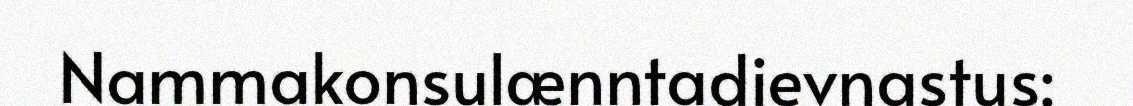
Nammakonsulænntadievnastus: